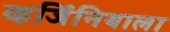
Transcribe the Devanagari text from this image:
व्हर्जिनियाला